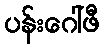
ပန်းဂေါ်ဖီ